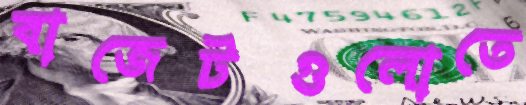
বাজেটগুলোতে